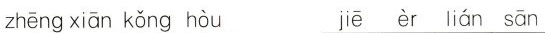
zhēng xiān kǒng hòu jiē èr lián sān